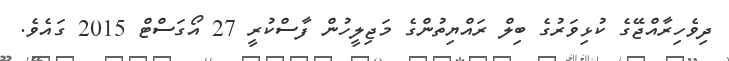
ދިވެހިރާއްޖޭގެ ކުޅިވަރުގެ ބިލް ރައްޔިތުންގެ މަޖިލީހުން ފާސްކުރީ 27 އޯގަސްޓް 2015 ގައެވެ.